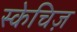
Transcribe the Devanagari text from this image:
स्केचिज़